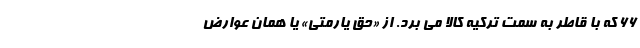
۶۶ که با قاطر به سمت ترکیه کالا می برد. از «حق یارمتی» یا همان عوارض